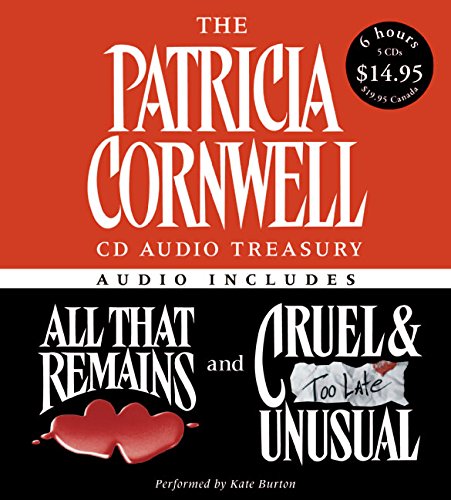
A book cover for The Patricia Cornwell CD Audio Treasury Low Price: Contains All That Remains and Cruel and Unusual (Kay Scarpetta Series); Patricia Cornwell; Mystery, Thriller & Suspense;